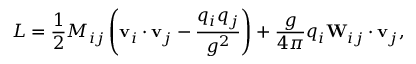
L = \frac { 1 } { 2 } M _ { i j } \left( { \bf v } _ { i } \cdot { \bf v } _ { j } - { \frac { q _ { i } q _ { j } } { g ^ { 2 } } } \right) + \frac { g } { 4 \pi } q _ { i } { \bf W } _ { i j } \cdot { \bf v } _ { j } ,